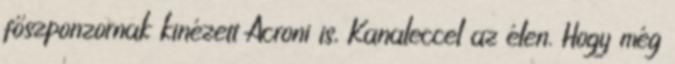
főszponzornak kinézett Acroni is, Kanaleccel az élen. Hogy még